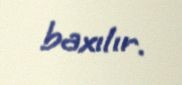
baxılır.